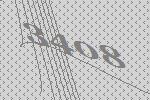
3408